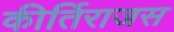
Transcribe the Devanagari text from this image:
कीर्तिराजस